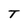
Character: T